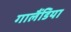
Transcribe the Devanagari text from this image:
गालैंडिया